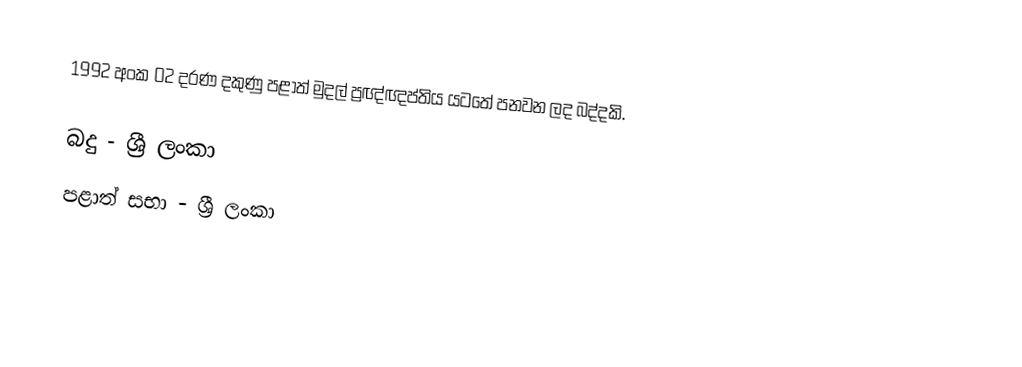
1992 අංක 02 දරණ දකුණු පළාත් මුදල් ප්‍රඥ්ඥප්තිය යටතේ පනවන ලද බද්දකි.

බදු - ශ්‍රී ලංකා
පළාත් සභා - ශ්‍රී ලංකා